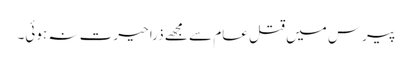
پیرس میں قتل عام سے مجھے ذرا حیرت نہ ہوئی۔